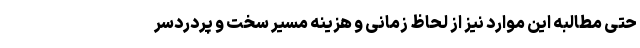
حتی مطالبه‌ این موارد نیز از لحاظ زمانی و هزینه مسیر سخت و پردردسر